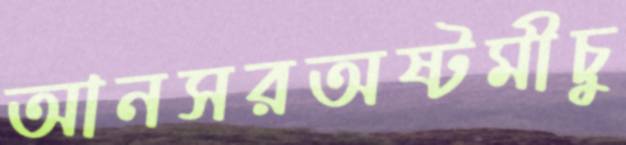
আনসরঅষ্টমীচু